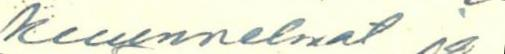
kuunnelmat ja